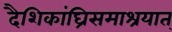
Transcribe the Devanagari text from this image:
दैशिकांघ्रिसमाश्रयात्